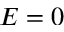
E = 0